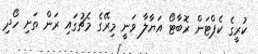
ކުރީގެ ކެޕްޓަން ރޮބާޓޯ އަޔާލާ ވަނީ މިރޭގެ މެޗުގައި ރަން ތަށި ހޯދި